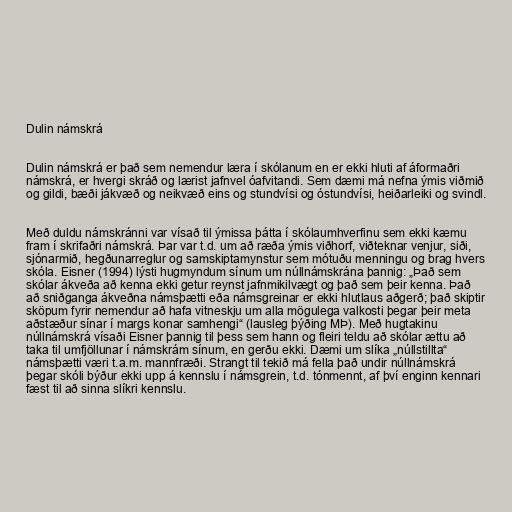
Dulin námskrá

Dulin námskrá er það sem nemendur læra í skólanum en er ekki hluti af áformaðri
námskrá, er hvergi skráð og lærist jafnvel óafvitandi. Sem dæmi má nefna ýmis viðmið
og gildi, bæði jákvæð og neikvæð eins og stundvísi og óstundvísi, heiðarleiki og svindl.

Með duldu námskránni var vísað til ýmissa þátta í skólaumhverfinu sem ekki kæmu
fram í skrifaðri námskrá. Þar var t.d. um að ræða ýmis viðhorf, viðteknar venjur, siði,
sjónarmið, hegðunarreglur og samskiptamynstur sem mótuðu menningu og brag hvers
skóla. Eisner (1994) lýsti hugmyndum sínum um núllnámskrána þannig: „Það sem
skólar ákveða að kenna ekki getur reynst jafnmikilvægt og það sem þeir kenna. Það
að sniðganga ákveðna námsþætti eða námsgreinar er ekki hlutlaus aðgerð; það skiptir
sköpum fyrir nemendur að hafa vitneskju um alla mögulega valkosti þegar þeir meta
aðstæður sínar í margs konar samhengi“ (lausleg þýðing MÞ). Með hugtakinu
núllnámskrá vísaði Eisner þannig til þess sem hann og fleiri teldu að skólar ættu að
taka til umfjöllunar í námskrám sínum, en gerðu ekki. Dæmi um slíka „núllstillta“
námsþætti væri t.a.m. mannfræði. Strangt til tekið má fella það undir núllnámskrá
þegar skóli býður ekki upp á kennslu í námsgrein, t.d. tónmennt, af því enginn kennari
fæst til að sinna slíkri kennslu.